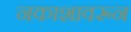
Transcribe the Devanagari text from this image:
नकाशावरून